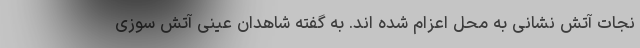
نجات آتش نشانی به محل اعزام شده اند. به گفته شاهدان عینی آتش سوزی